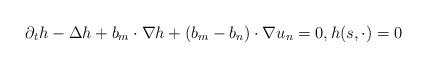
LaTeX: \begin{align*}\partial_t h - \Delta h + b_m \cdot \nabla h + (b_m-b_n) \cdot \nabla u_n=0, h(s,\cdot)=0\end{align*}